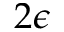
2 \epsilon